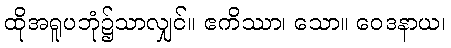
ထိုအရူပဘုံ၌သာလျှင်။ ဧကိဿာ၊ သော။ ဝေဒနာယ၊